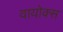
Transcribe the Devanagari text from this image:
वायोक्स